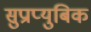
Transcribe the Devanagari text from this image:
सुप्राप्युबिक